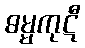
ဓမ္မကုဋီ